Senior Leaving Certificate Examination (including Day School Certificate (Higher) General paper), 1949
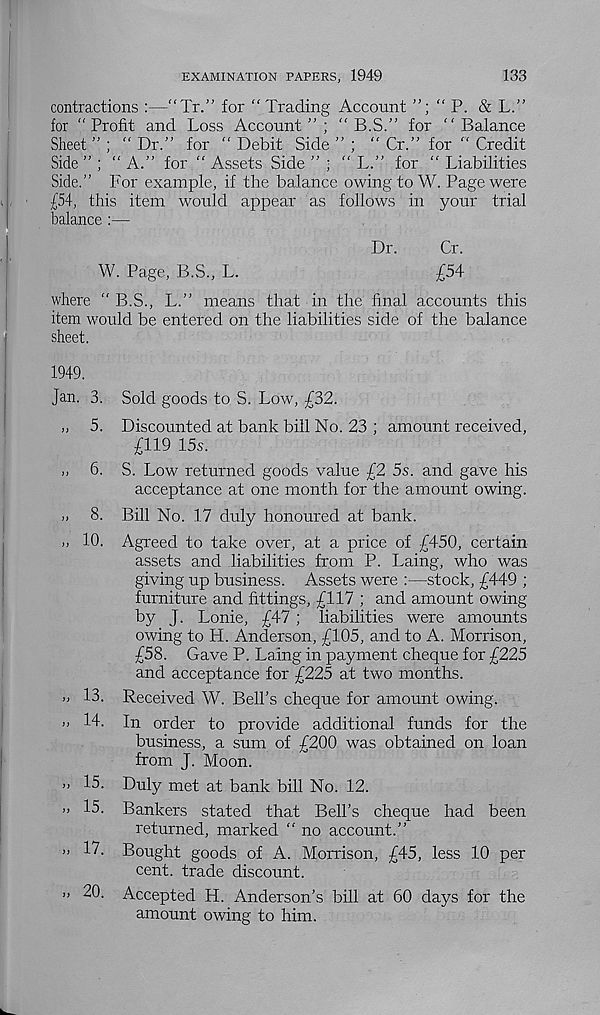
EXAMINATION PAPERS, 1949
133
contractions :—"Tr.” for “ Trading Account ”;“P. &L.”
for “Profit and Loss Account”; “ B.S.” for "Balance
Sheet ” ; “ Dr.” for “ Debit Side ” ; “ Cr.” for “ Credit
Side ” ; “ A.” for “ Assets Side ” ; “ L.” for “ Liabilities
Side.” For example, if the balance owing to W. Page were
£54, this item would appear as follows in your trial
balance :—
Dr.
Or.
W. Page, B.S., L.
£54
where " B.S., L.” means that in the final accounts this
item would be entered on the liabilities side of the balance
sheet.
1949.
Jan. 3. Sold goods to S. Low, £32.
„ 5. Discounted at bank bill No. 23 ; amount received,
£119 15s.
„ 6. S. Low returned goods value £2 5s. and gave his
acceptance at one month for the amount owing.
>. 8. Bill No. 17 duly honoured at bank.
10. Agreed to take over, at a price of £450, certain
assets and liabilities from P. Laing, who was
giving up business. Assets were :—stock, £449 ;
furniture and fittings, £117 ; and amount owing
by J. Lonie, £47; liabilities were amounts
owing to H. Anderson, £105, and to A. Morrison,
£58. Gave P. Laing in payment cheque for £225
and acceptance for £225 at two months.
» 13. Received W. Bell’s cheque for amount owing.
>> 14. In order to provide additional funds for the
business, a sum of £200 was obtained on loan
from J. Moon.
» 15. Duly met at bank bill No. 12.
” 13- Bankers stated that Bell’s cheque had been
returned, marked “ no account.”
» 17. Bought goods of A. Morrison, £45, less 10 per
cent, trade discount.
>> 20. Accepted H. Anderson’s bill at 60 days for the
amount owing to him.